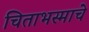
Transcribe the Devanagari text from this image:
चिताभस्माचे